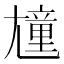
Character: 𡰒